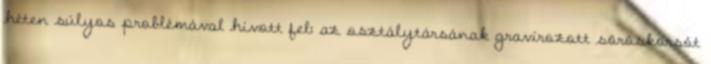
héten súlyos problémával hívott fel: az osztálytársának gravírozott söröskorsót